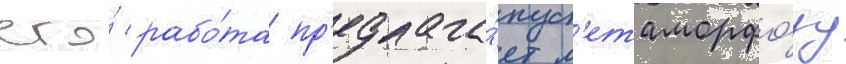
его́ рабо́та пр'едлага́ет м'етаморфо́зу